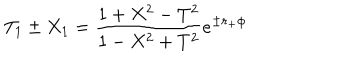
T _ { 1 } \pm X _ { 1 } = { \frac { 1 + X ^ { 2 } - T ^ { 2 } } { 1 - X ^ { 2 } + T ^ { 2 } } } e ^ { \pm r _ { + } \phi }